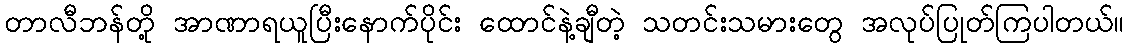
တာလီဘန်တို့ အာဏာရယူပြီးနောက်ပိုင်း ထောင်နဲ့ချီတဲ့ သတင်းသမားတွေ အလုပ်ပြုတ်ကြပါတယ်။